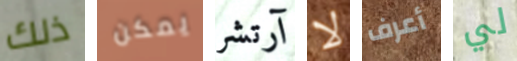
ذلك يمكن آرتشر لا أعرف لي